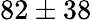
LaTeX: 82\pm 38